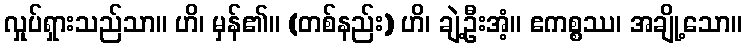
လှုပ်ရှားသည်သာ။ ဟိ၊ မှန်၏။ (တစ်နည်း) ဟိ၊ ချဲ့ဦးအံ့။ ဧကစ္စဿ၊ အချို့သော။